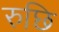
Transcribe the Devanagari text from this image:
रुछि